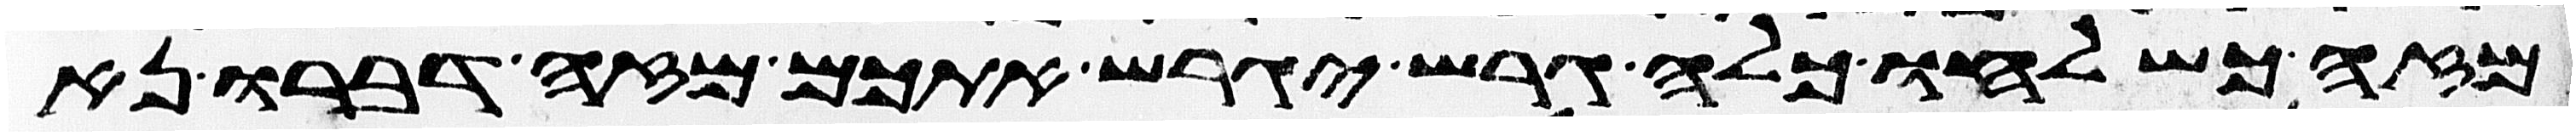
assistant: מזה כשלחו כלה גרש יגרש אתכם מזה דברו נא